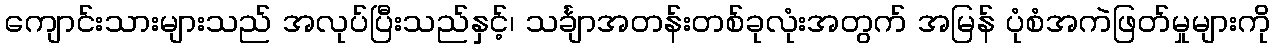
ကျောင်းသားများသည် အလုပ်ပြီးသည်နှင့်၊ သင်္ချာအတန်းတစ်ခုလုံးအတွက် အမြန် ပုံစံအကဲဖြတ်မှုများကို